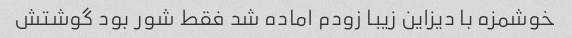
خوشمزه با دیزاین زیبا زودم اماده شد فقط شور بود گوشتش